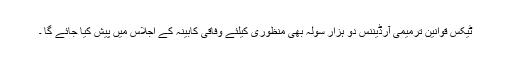
ٹیکس قوانین ترمیمی آرڈیننس دو ہزار سولہ بھی منظوری کیلئے وفاقی کابینہ کے اجلاس میں پیش کیا جائے گا ۔